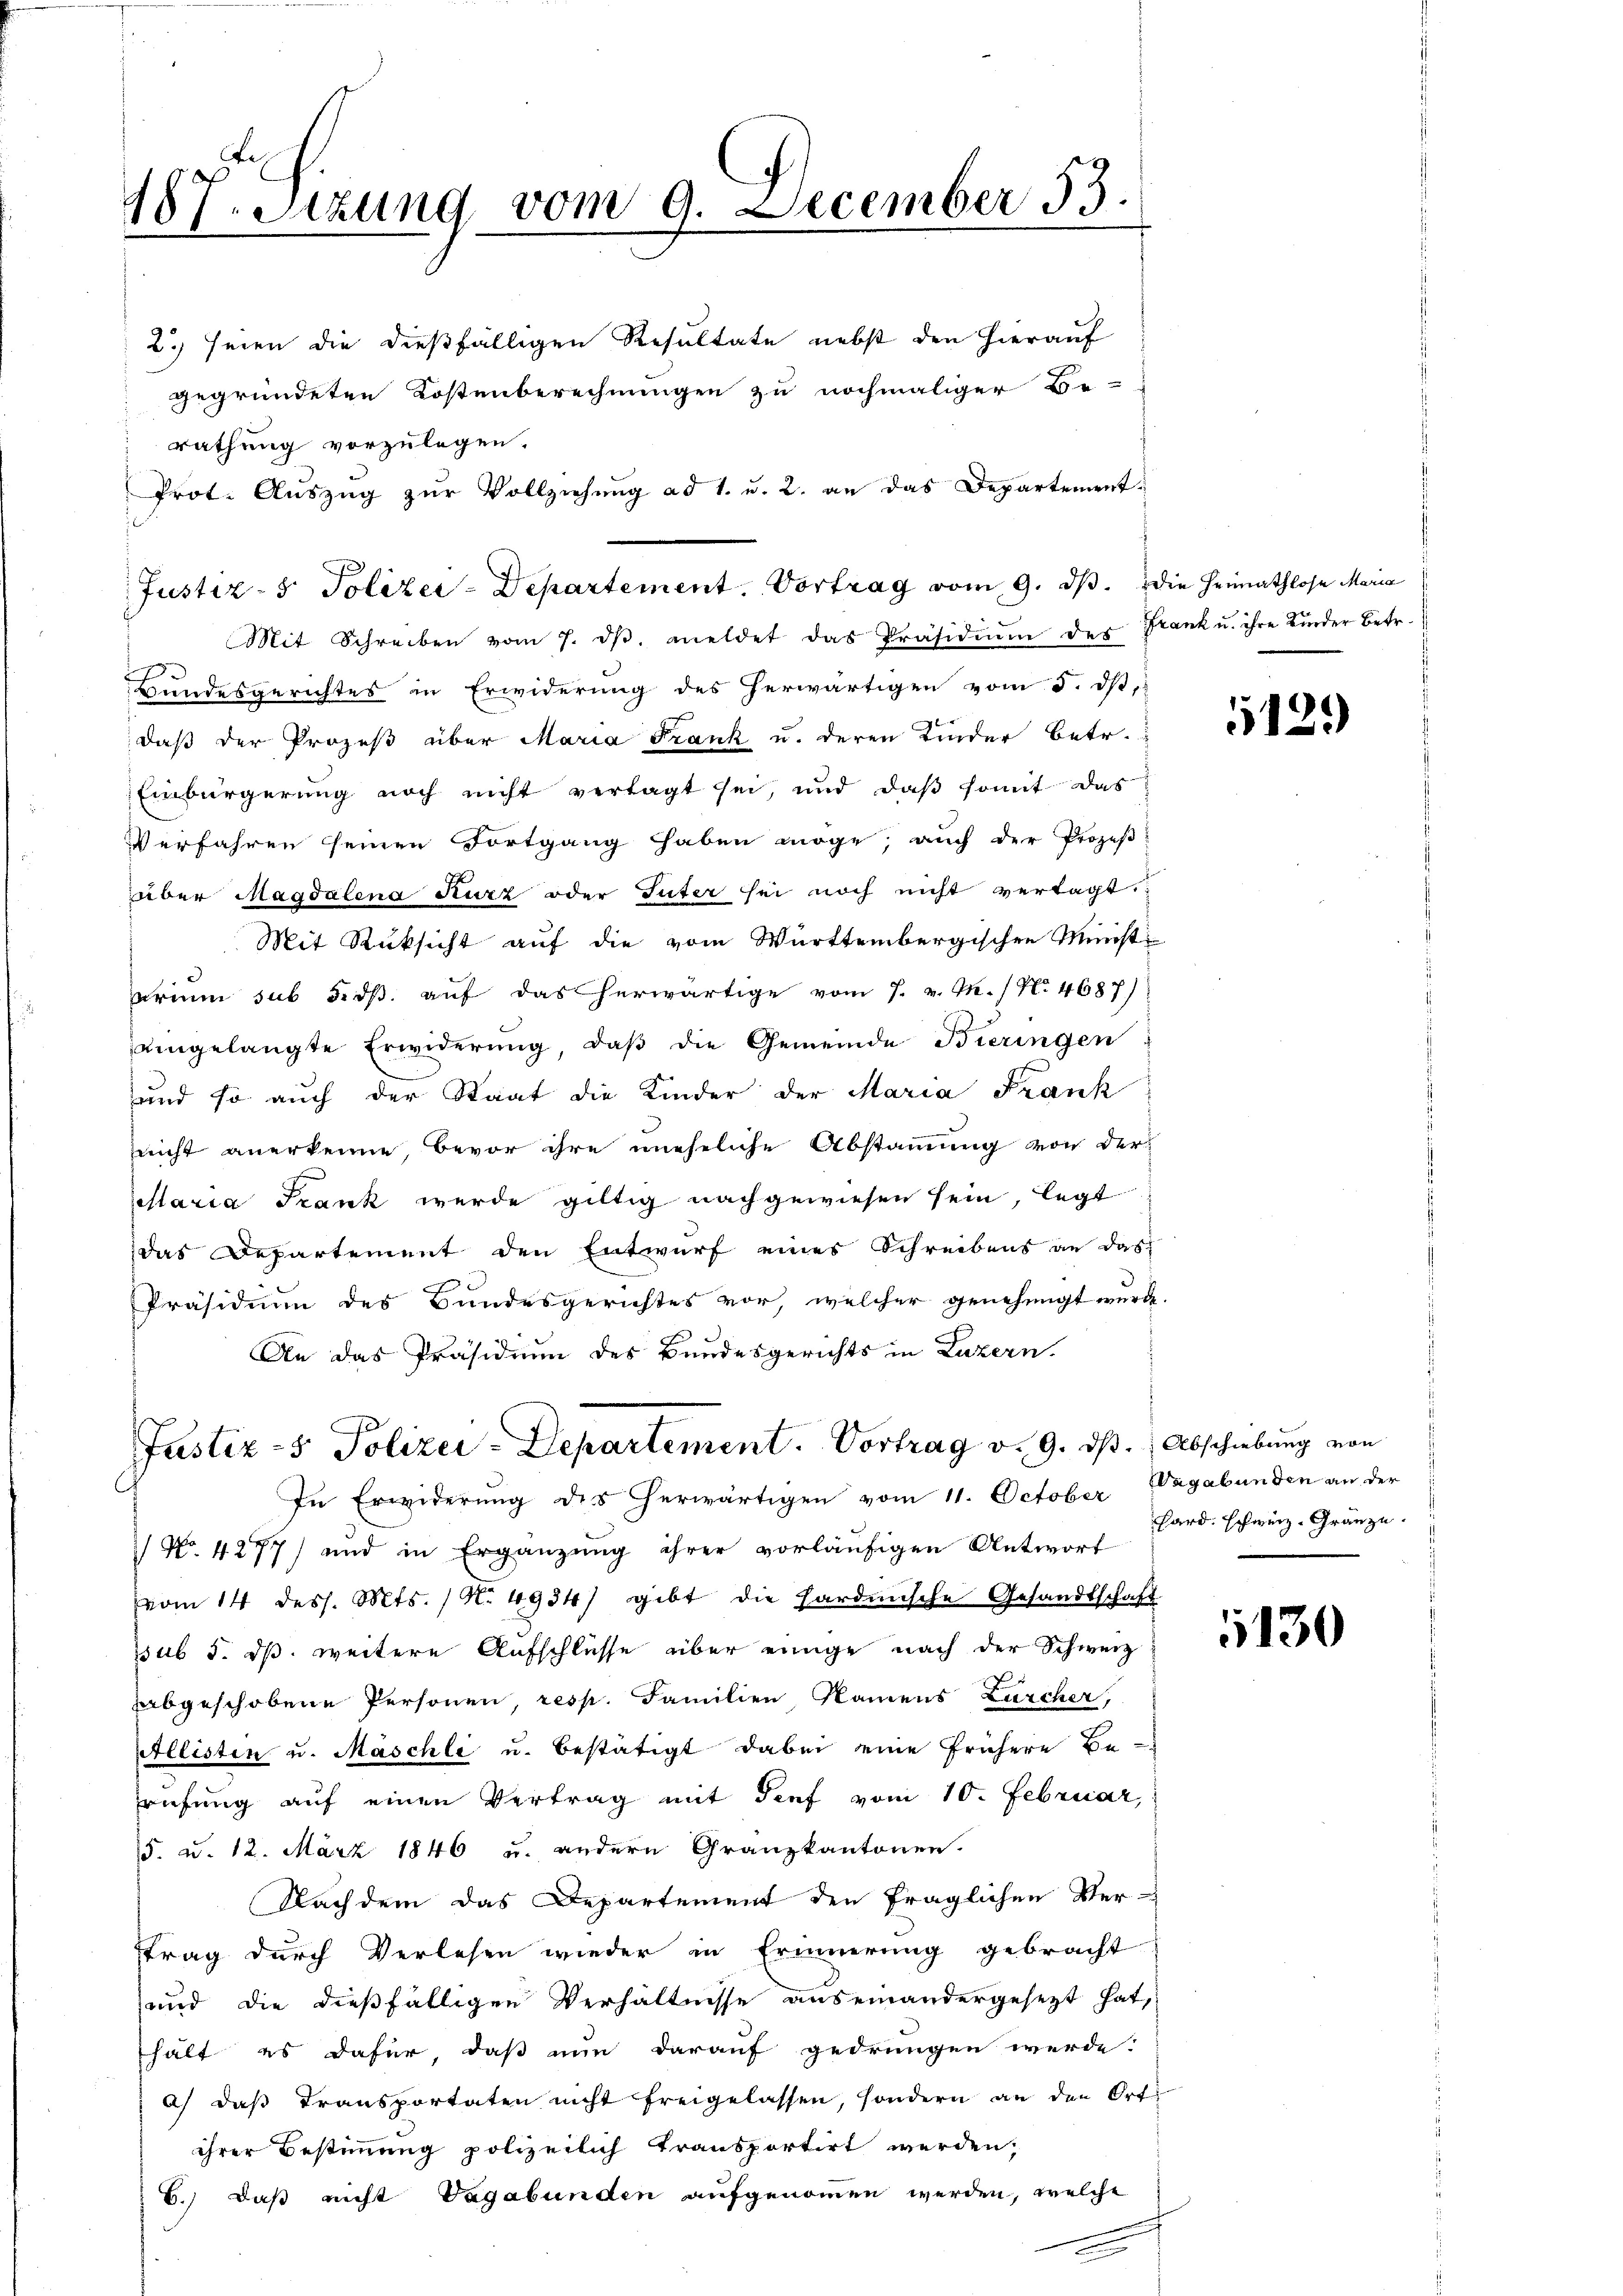
187. Sitzung vom 9. December 53.

2.) seien die dießfälligen Resultate nebst den hierauf
gegründeten Kostenberechnungen zu nochmaliger Be-
rathung vorzulegen.
Prot. Auszug zur Vollziehung ad 1. u. 2. an das Departement¬
Mit Schreiben vom 7. dβ. meldet das Präsidiŭm des Frank u. ihre Kinder Betr.
Hundesgerichtes in Erwiderung des herwärtigen vom 5. d.
; daß der Prozeß über Maria Frank u. deren Kinder betr.
Einbürgerung noch nicht vertagt sei, und daβ somit das
Verfahren seinen Fortgang haben möge; auch der Prozeß
über Magdalena Kurz oder Güter sei noch nicht vertagt.
Mit Rüksicht auf die vom Württembergischen Minist
arium sub 5.ds. auf das herwärtige vom 7. v. M. (N. 4687)
eingelangte Erwiderŭng, daβ die Gemeinde Bieringen
und so auch der Staat die Kinder der Maria Frank
nicht anerkenne, bevor ihre uneheliche Abstammung von der
ltaria Frank wurde giltig nachgewiesen sein, legt
das Departement den Entwurf eines Schreibens an das
Präsidium des Bundesgerichtes vor, welcher genehmigt wurd
An das Präsidium des Bundesgerichts in Luzern.

Justiz- & Polizei-Departement. Vortrag vom 9. dβ. die Heimathlose Maria

Justiz- & Polizei-Departement. Vortrag v. 9. dβ. Abschiebung von

In Erwiderung des herwärtigen vom 11. October Vagabunden an der
/ No. 4277) und in Ergänzung ihrer vorläufigen Antwort
vom 14 dess. Mts. / N. 4934) gibt die Hardmische Gesandtschaft
sub 5. ds. weitere Aufschlüsse über einige nach der Schweiz
abgeschobene Personen, resp. Familien, Namens Zürcher,
Allisten u. Maschli u. bestätigt dabei eine frühere Be-
rüfung auf einen Vertrag mit Tief vom 10. Februar,
5. u. 12. März 1846 u. andern Granzkantonen.
Nachdem das Departement den fraglichen Vertrag durch Verlesen wieder in Erinnerung gebracht
und die dießfälligen Verhältnisse auseinandergesezt hat,
hält es dafür, daß nun darauf gedrungen werde.
a) daβ Transportaten nicht freigelassen, sondern an den Orts
ihrer Bestimmung polizeilich transportirt werden,
6.) Daß nicht Vagabunden aufgenommen werden, welche

112.

hard. Schweiz. Gränze.

130